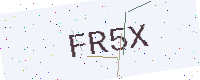
Text: FR5X